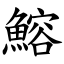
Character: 鰫